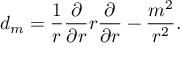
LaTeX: d _ { m } = { \frac { 1 } { r } } { \frac { \partial } { \partial r } } r { \frac { \partial } { \partial r } } - { \frac { m ^ { 2 } } { r ^ { 2 } } } .